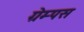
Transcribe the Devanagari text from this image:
ग्रेम्पस